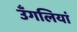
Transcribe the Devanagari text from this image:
उँगलियां